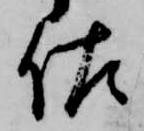
佐